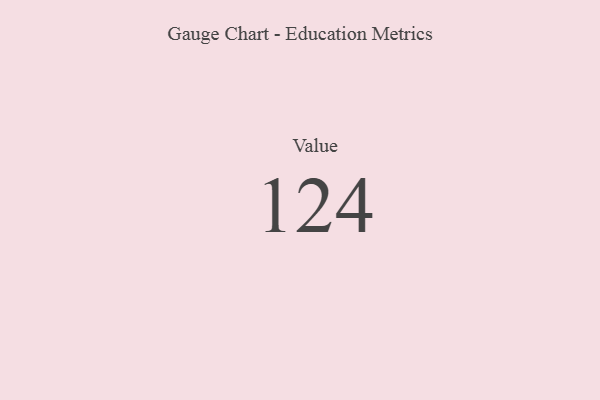
{"axis": {"x": "Metric", "y": "Value"}, "legend": [""], "data": [{"x": "Value", "y": 124, "type": ""}]}